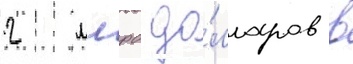
2 млрд до́лларов в